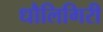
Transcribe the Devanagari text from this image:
धौलिगिरी